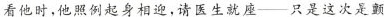
看他时，他照例起身相迎，请医生就座——只是这次是颤